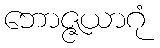
ဘောဇ္ဇယာဂုံ